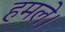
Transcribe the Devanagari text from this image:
हमले।